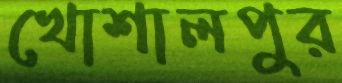
খোশালপুর